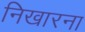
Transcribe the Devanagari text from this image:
निखारना